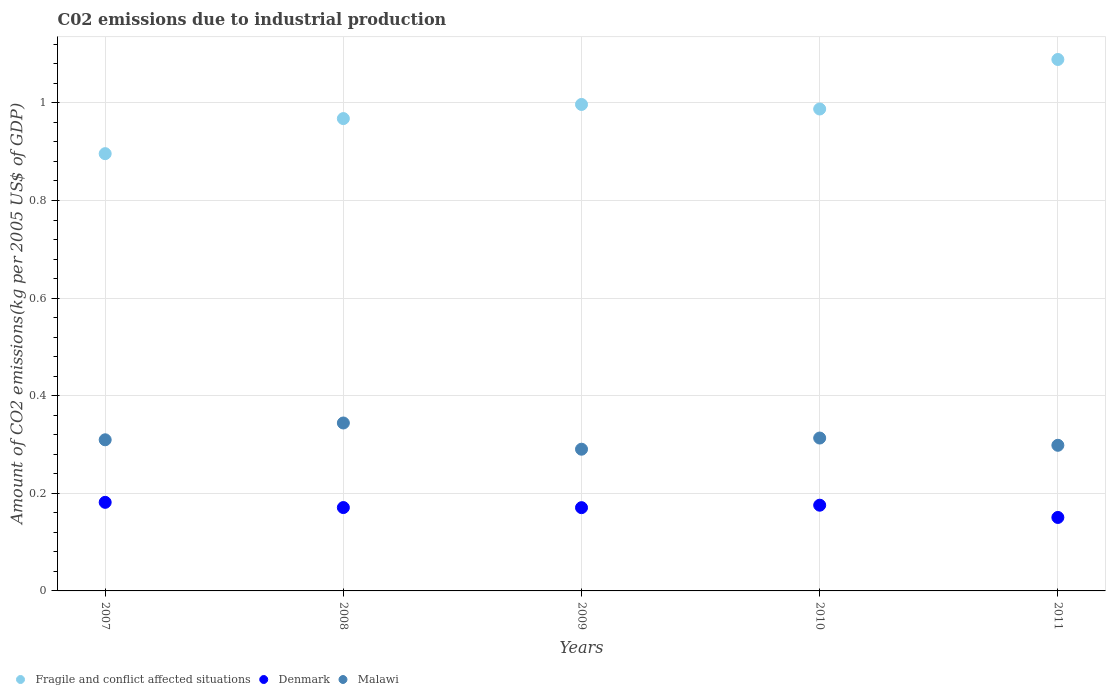
| Years | Fragile and conflict affected situations | Denmark | Malawi |
 | --- | --- | --- | --- |
 | 2007 | 0.896 | 0.182 | 0.31 |
 | 2008 | 0.968 | 0.171 | 0.344 |
 | 2009 | 0.997 | 0.171 | 0.29 |
 | 2010 | 0.988 | 0.176 | 0.313 |
 | 2011 | 1.09 | 0.151 | 0.298 |